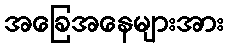
အခြေအနေများအား